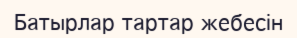
Батырлар тартар жебесін